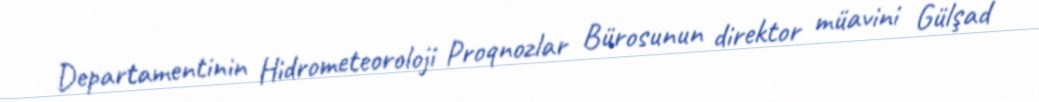
Departamentinin Hidrometeoroloji Proqnozlar Bürosunun direktor müavini Gülşad